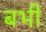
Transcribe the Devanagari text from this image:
बभी